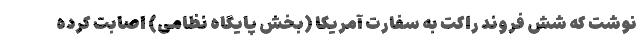
نوشت که شش فروند راکت به سفارت آمریکا (بخش پایگاه نظامی) اصابت کرده